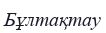
Бұлтақтау